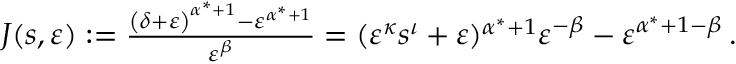
\begin{array} { r } { J ( s , { \varepsilon } ) : = \frac { \left( { \delta } + { \varepsilon } \right) ^ { \alpha ^ { * } + 1 } - { \varepsilon } ^ { \alpha ^ { * } + 1 } } { { \varepsilon } ^ { \beta } } = ( { \varepsilon } ^ { \kappa } s ^ { \iota } + { \varepsilon } ) ^ { \alpha ^ { * } + 1 } { \varepsilon } ^ { - \beta } - { \varepsilon } ^ { \alpha ^ { * } + 1 - \beta } \, . } \end{array}